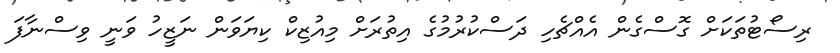
ރިސޯޓުތަކަށް ގޮސްގެން އެއްޗެހި ދަސްކުރުމުގެ އިތުރަށް މިއުޒިކް ކިޔަވަން ނަޒީހު ވަނީ ވިސްނާފަ